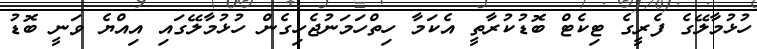
ހުޅުމާލޭގެ ފެރީގެ ޓިކެޓް ބޮޑުކުރާތީ އެކަމާ ހިތްހަމަނުޖެހިގެން ހުޅުމާލޭގައި އިއްޔެ ވަނީ ބޮޑު